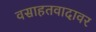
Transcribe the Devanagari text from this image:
वसाहतवादावर